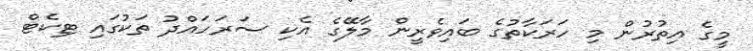
މީގެ އިތުރުން މި ހަރަކާތުގެ ބައިވެރީން މާލޭގެ އެކި ސަރަހައްދު ތަކުގައި ޓިކެޓް